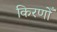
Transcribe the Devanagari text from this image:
किरणोँ